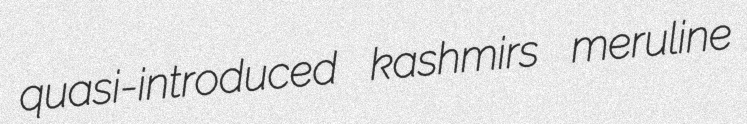
quasi-introduced kashmirs meruline